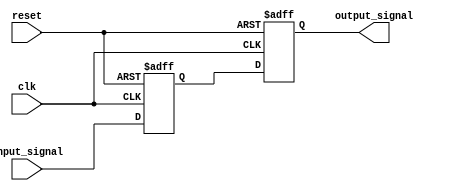
module timing_control_and_sync_block (
    input wire clk,
    input wire reset,
    input wire input_signal,
    output reg output_signal
);

reg delayed_input_signal;

always @(posedge clk or posedge reset) begin
    if(reset) begin
        delayed_input_signal <= 1'b0; // Reset delay element
    end else begin
        delayed_input_signal <= #1 input_signal; // Delay input signal
    end
end

always @(posedge clk or posedge reset) begin
    if(reset) begin
        output_signal <= 1'b0; // Reset output signal
    end else begin
        output_signal <= delayed_input_signal; // Output delayed input signal
    end
end

endmodule